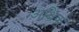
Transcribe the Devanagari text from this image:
अक्षिक